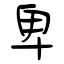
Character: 卑